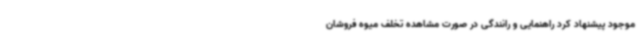
موجود پیشنهاد کرد راهنمایی و رانندگی در صورت مشاهده تخلف میوه فروشان